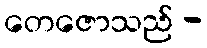
တေဇောသည် -